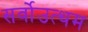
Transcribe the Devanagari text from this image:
सर्वोउत्थम